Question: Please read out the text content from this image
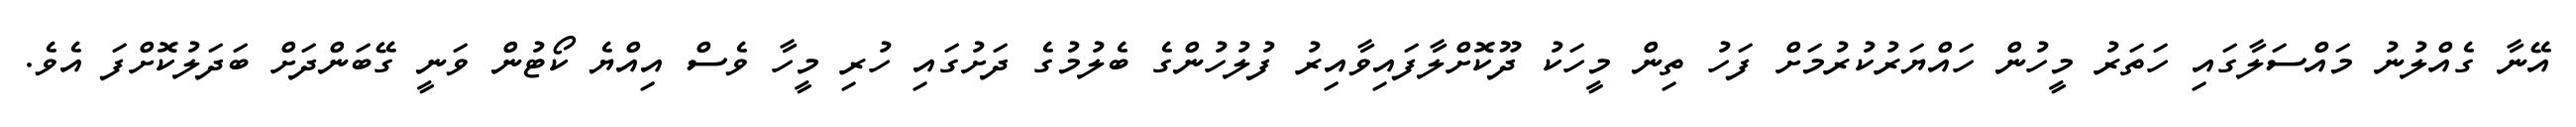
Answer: އޭނާ ގެއްލުނު މައްސަލާގައި ހަތަރު މީހުން ހައްޔަރުކުރުމަށް ފަހު ތިން މީހަކު ދޫކޮށްލާފައިވާއިރު ފުލުހުންގެ ބެލުމުގެ ދަށުގައި ހުރި މީހާ ވެސް އިއްޔެ ކޯޓުން ވަނީ ގޭބަންދަށް ބަދަލުކޮށްފަ އެވެ.